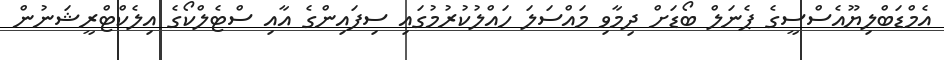
އެމްޑަބްލިޔޫއެސްސީގެ ޕެނަލް ބޯޑަށް ދިމާވި މައްސަލަ ހައްލުކުރުމުގައި ސިފައިންގެ އާއި ސްޓެލްކޯގެ އިލެކްޓްރީޝަނުން